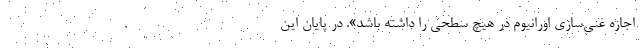
اجازه غنی‌سازی اورانیوم در هیچ سطحی را داشته باشد». در پایان این